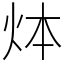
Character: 㶱